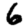
Digit: 6